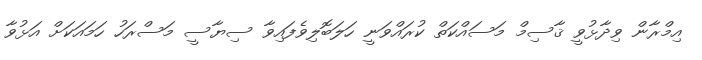
އިމްރާން ވިދާޅުވީ ޤާސިމް މަސައްކަތް ކުރައްވަނީ ހަލަބޮލިވެފައިވާ ސިޔާސީ މަސްރަހު ހަމައަކަށް އަޅުވާ